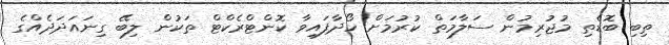
ތިބި ބޮޑެތި މުޖުރިމުން ސަލާމަތް ކުރުމަށް ހޯދާފައިވާ ކޮންޓްރެކްޓް ތަކުން ލިބޭ ގިނައަދަދެއްގެ